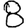
Digit: 8